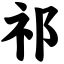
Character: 祁